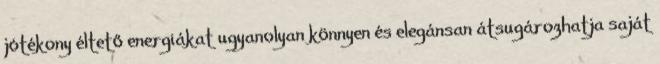
jótékony éltető energiákat ugyanolyan könnyen és elegánsan átsugározhatja saját